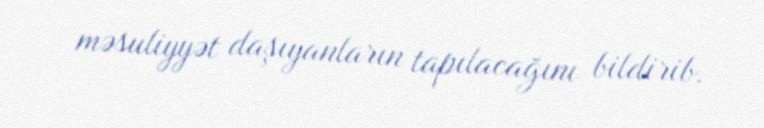
məsuliyyət daşıyanların tapılacağını bildirib.